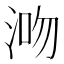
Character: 𣵓